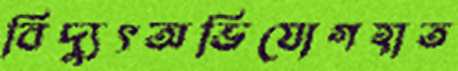
বিদ্যুৎঅভিযোগহাত